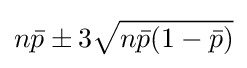
n{\bar {p}}\pm 3{\sqrt {n{\bar {p}}(1-{\bar {p}})}}